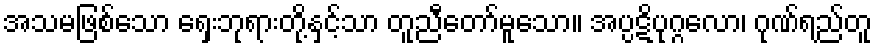
အသမဖြစ်သော ရှေးဘုရားတို့နှင့်သာ တူညီတော်မူသော။ အပ္ပဋိပုဂ္ဂလော၊ ဂုဏ်ရည်တူ